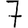
Digit: 7